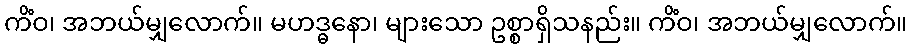
ကိံဝ၊ အဘယ်မျှလောက်။ မဟဒ္ဓနော၊ များသော ဥစ္စာရှိသနည်း။ ကိံဝ၊ အဘယ်မျှလောက်။